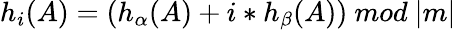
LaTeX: h_{i}(A)=(h_{\alpha}(A)+i*h_{\beta}(A))\ mod\ |m|